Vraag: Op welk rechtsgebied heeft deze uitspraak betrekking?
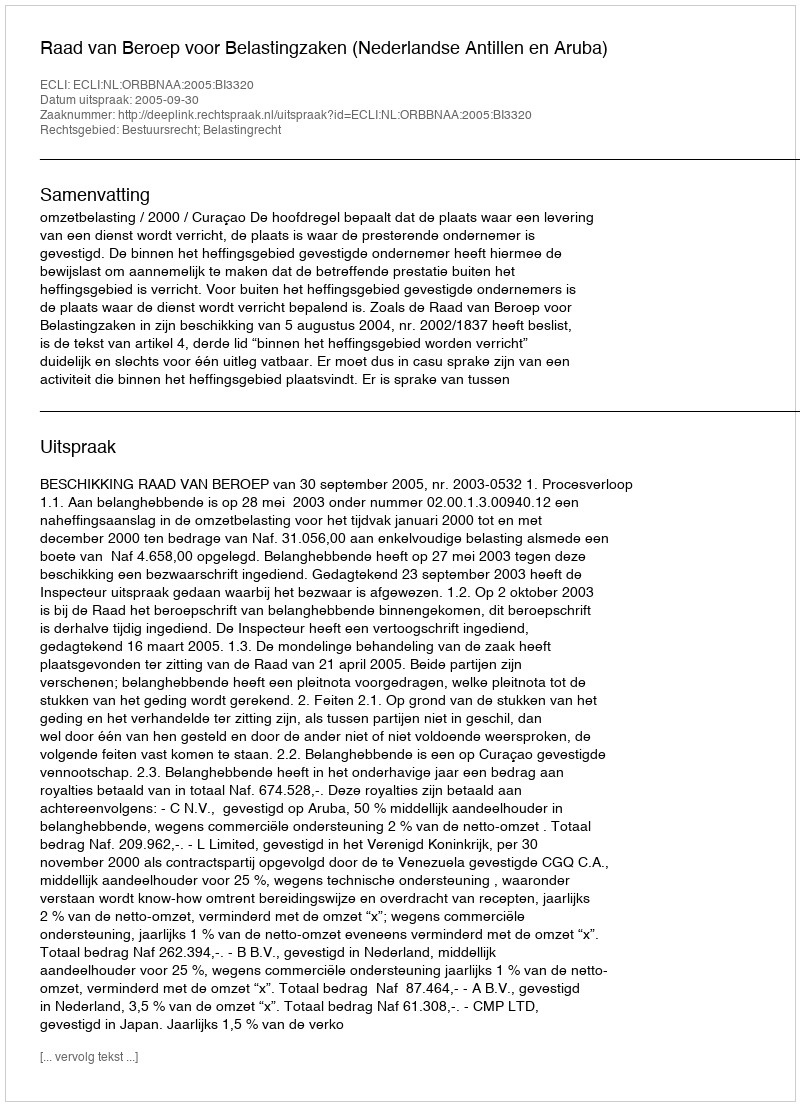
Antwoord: Bestuursrecht; Belastingrecht